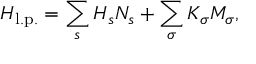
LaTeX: H _ { \mathrm { l . p . } } = \sum _ { s } H _ { s } N _ { s } + \sum _ { \sigma } K _ { \sigma } M _ { \sigma } ,